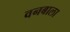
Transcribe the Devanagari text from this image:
वनबाला